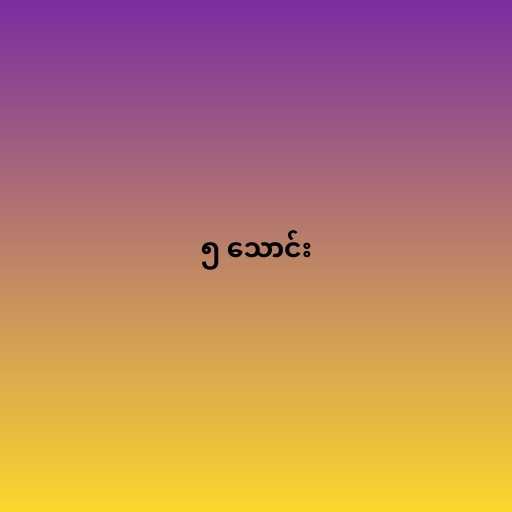
၅ သောင်း